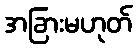
အခြားမဟုတ်